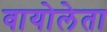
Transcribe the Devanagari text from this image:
वायोलेता